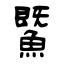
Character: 鱀